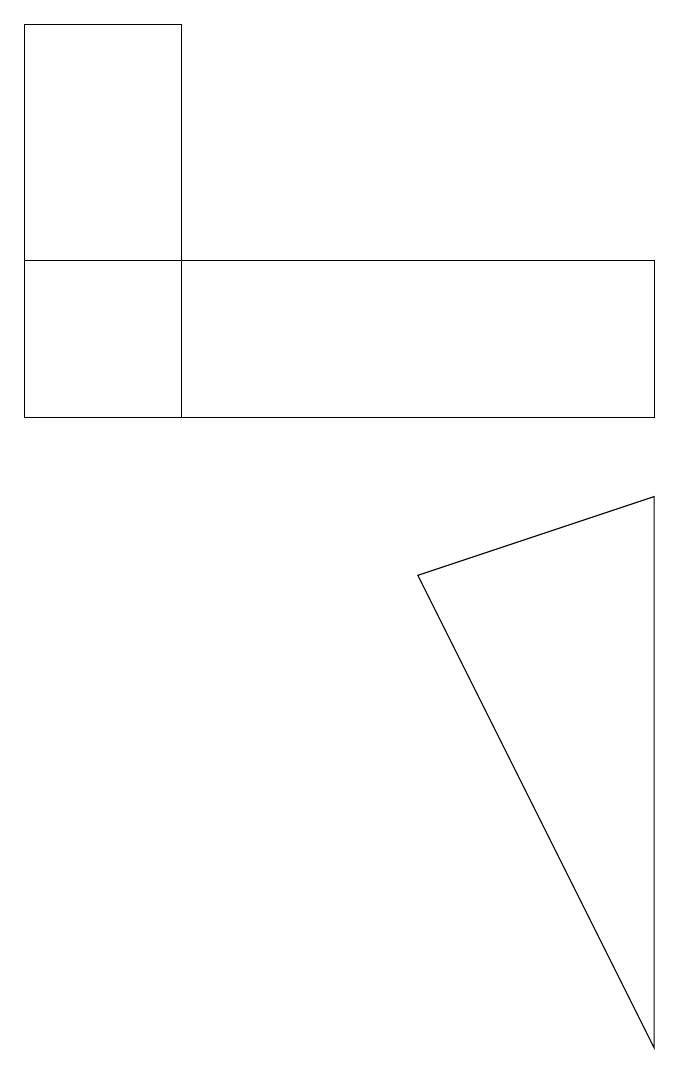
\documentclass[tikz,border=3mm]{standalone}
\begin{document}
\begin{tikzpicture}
\draw (9,9) -- (9,2) -- (6,8) -- cycle;
\draw (9,10) rectangle (1,12);
\draw (3,10) rectangle (1,15);
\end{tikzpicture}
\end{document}